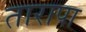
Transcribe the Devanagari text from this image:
तारापा